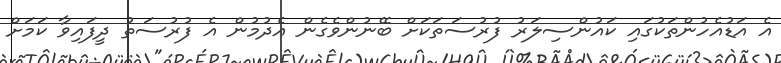
އެ އަޑުއެހުންތަކުގައި ކައުންސިލަރު ފުރުސަތަކަށް ބޭނުންވެގެން އެދުމުން އެ ފުރުސަތު ދީފައިވާ ކަމަށް